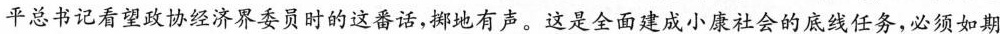
平总书记看望政协经济界委员时的这番话，掷地有声。这是全面建成小康社会的底线任务，必须如期